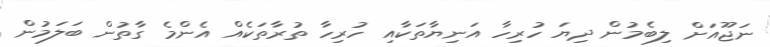
ނަޖޫއަށް ލިބެމުން ދިޔަ ހުރިހާ އަނިޔާތަކާއި ހުރިހާ ތުރާތަކެއް އެންމެ ގާތުން ބަލަމުން